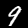
Digit: 9